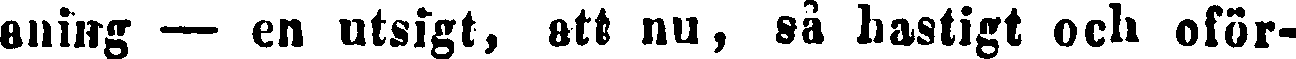
aning — en utsigt, att nu, så hastigt och oför-